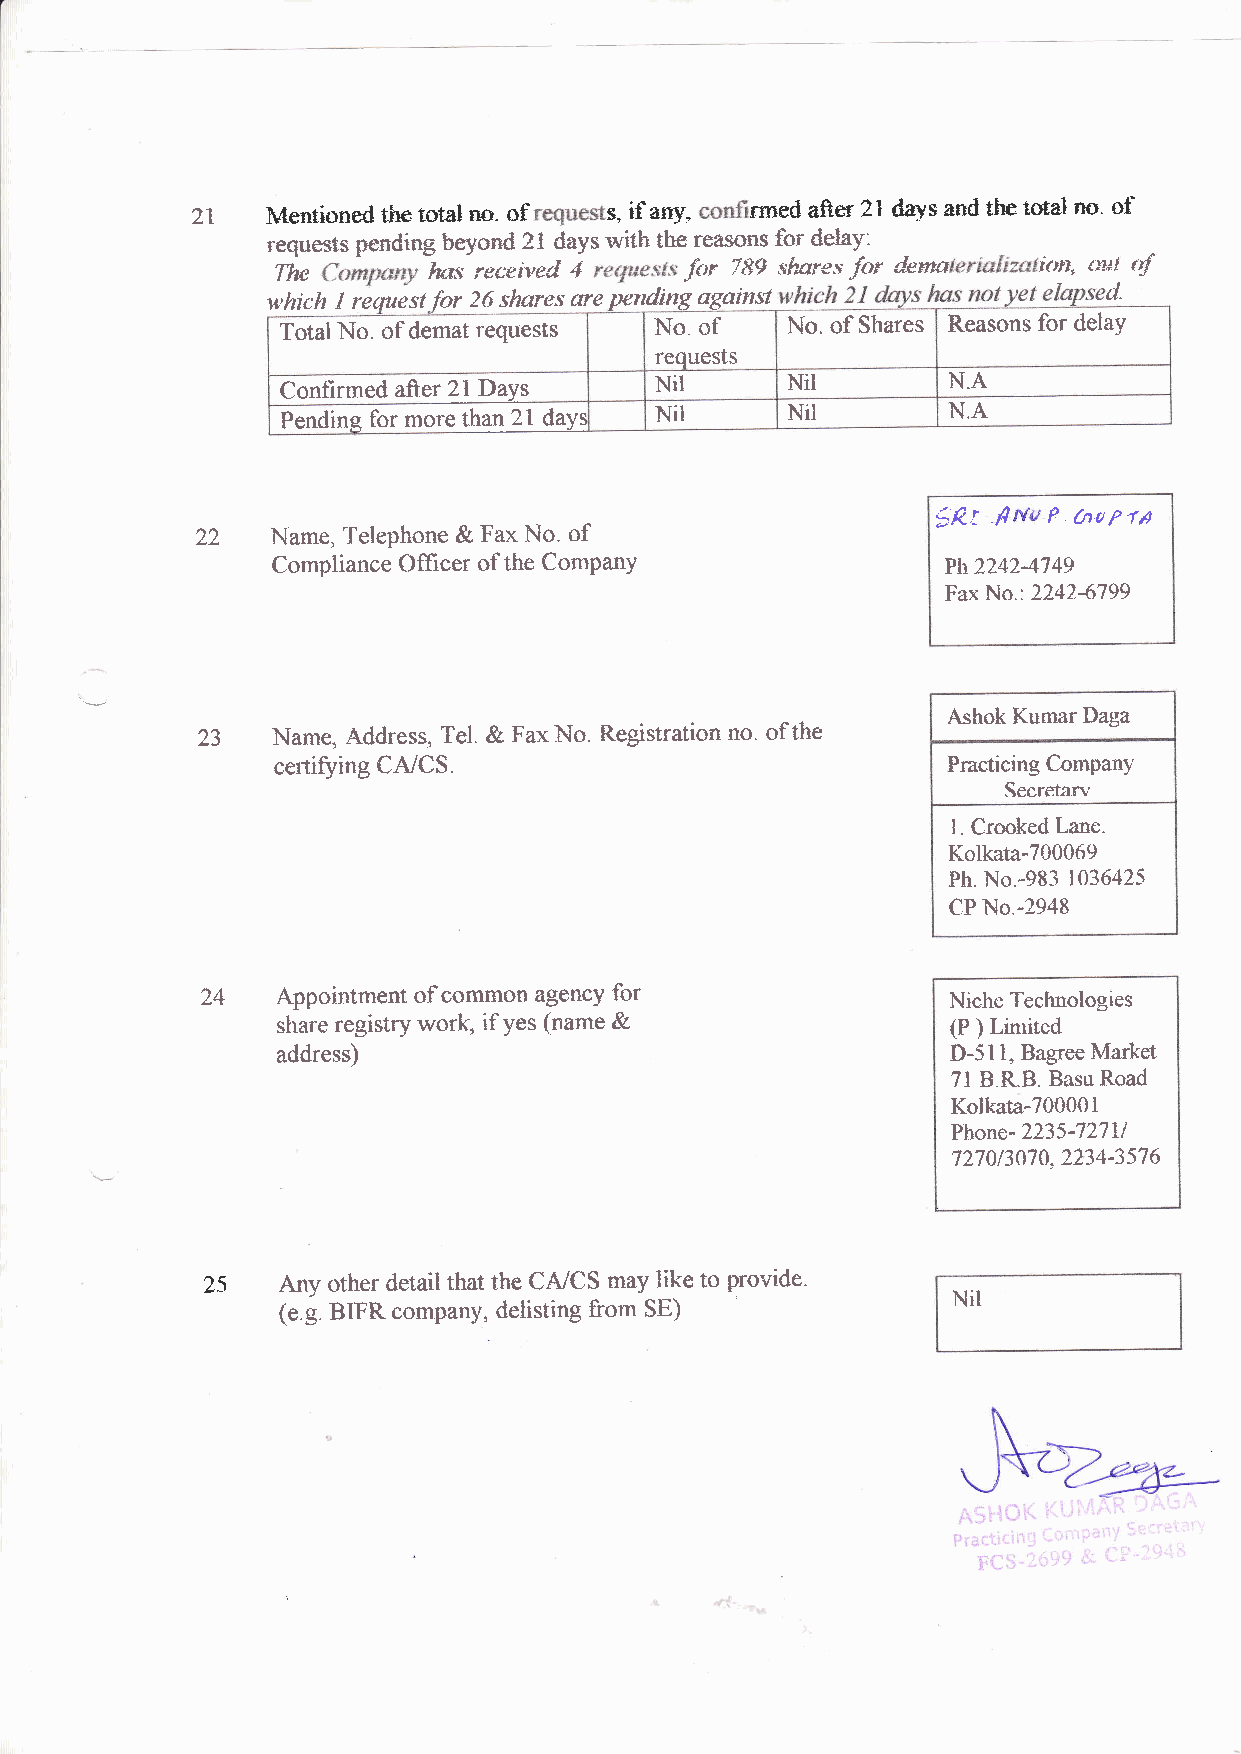
21   Mentiond tlp total re. of g if any, rmed after 21 days and tte total ne' af
 requests pemdrng beyord 21 days with tbe reasslls for delay:
 77*       tw receiwd 4     far 789 sfuyes ftx dene i,lft, #EE1" {$
 which I request for 26 shares we pending agoinrt       d.
 Total No. of demat requests No. of No. of Shares Reasons flcr delay
 requests
 Confirmed after 2I DaYs Nil      Nil        N.A
 t@          Nil      Nil        N.A
 Pending for more
 fl P-bafrn
 #,Rt
 22   Name, Telephone & Fax No. of
 Compliance Officer of the ComPanY            Ph2242-4749
 Fax No.:77424799
 Ashok Kumar Daga
 23   Narne, Address, Tel. & Fax No. Registration no. of the
 certit/ing CA/CS.                            Practicing Company
 Secretan'
 l. Crooked Lane.
 Kolkata-700069
 Ph. No.-983 1036425
 CP No" -2948
 24
 Appointment of corffnon agency ficr          Niche Technologies
 share registry worh if Yes (name &           (F ) Limited
 address)                                     D-5 1I, Bagrse Market
 71 B.R.B. Basu Road
 Kolkata-700001
 Phone - 2235-727l^t
 7270t3070. 2234-3576
 25   fury other detail that the CA/CS may like to provide.
 Nil
 (e.e. BIFR comp&nY, delisting from SE)